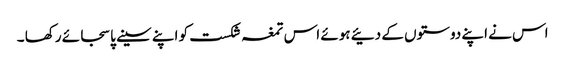
اس نے اپنے دوستوں کے دئیے ہوئے اس تمغہ شکست کو اپنے سینے پا سجائے رکھا ۔